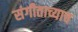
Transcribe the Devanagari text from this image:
संगीताच्याच